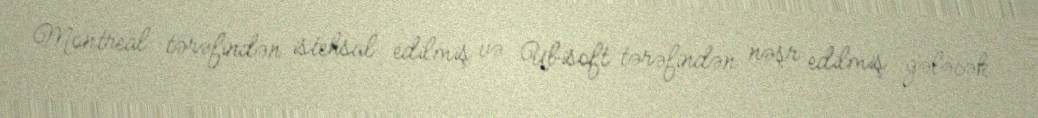
Montreal tərəfindən istehsal edilmiş və Ubisoft tərəfindən nəşr edilmiş gələcək